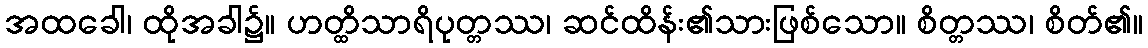
အထခေါ၊ ထိုအခါ၌။ ဟတ္ထိသာရိပုတ္တဿ၊ ဆင်ထိန်း၏သားဖြစ်သော။ စိတ္တဿ၊ စိတ်၏။